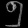
Digit: ၅